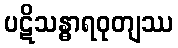
ပဋိသန္ဓာရဝုတျဿ